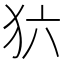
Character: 𰡁